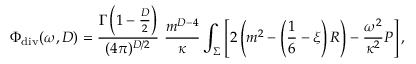
\Phi _ { \mathrm { d i v } } ( \omega , D ) = { \frac { \Gamma \left( 1 - \frac D 2 \right) } { ( 4 \pi ) ^ { D / 2 } } } \, \, { \frac { m ^ { D - 4 } } { \kappa } } \int _ { \Sigma } \left[ 2 \left( m ^ { 2 } - \left( \frac 1 6 - \xi \right) R \right) - { \frac { \omega ^ { 2 } } { \kappa ^ { 2 } } } { \cal P } \right] ,